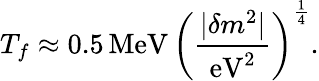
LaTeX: T_{f}\approx 0.5\, \mathrm{MeV}\, \left(\frac{|\delta m^{2}|}{\mathrm{eV}^{2}}\right)^{\frac{1}{4}}.